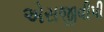
એસજીવીપી